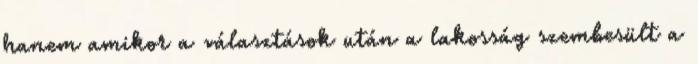
hanem amikor a választások után a lakosság szembesült a